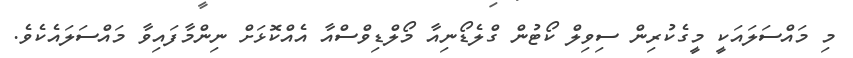
މި މައްސަލައަކީ މީގެކުރިން ސިވިލް ކޯޓުން ގްލެޑޯނިއާ މޯލްޑިވްސްއާ އެއްކޮޅަށް ނިންމާފައިވާ މައްސަލައެކެވެ.